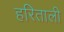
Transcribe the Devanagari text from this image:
हरिताली